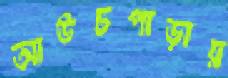
আউচপাড়ায়